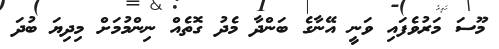
މޫސަ މަރުވެފައި ވަނީ އޭނާގެ ބަންދާ މެދު ގޮތެއް ނިންމުމަށް މިދިޔަ ބުދަ